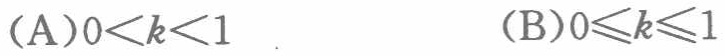
（A）\(0<k<1\)  （B）\(0\leqslant k\leqslant1\)